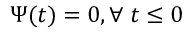
\Psi ( t ) = 0 , \forall \; t \leq 0